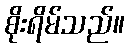
စိုးရိမ်သည်။